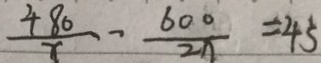
\frac { 4 8 0 } { x } - \frac { 6 0 0 } { 2 x } = 4 3